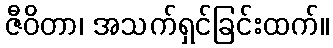
ဇီဝိတာ၊ အသက်ရှင်ခြင်းထက်။